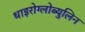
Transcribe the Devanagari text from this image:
थाइरोग्लोब्युलिन